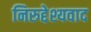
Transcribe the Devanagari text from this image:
निरुद्देश्यवाद